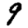
Digit: 9